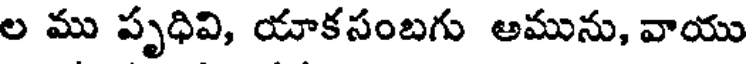
ల ము పృధివి, యాకసంబగు అమును, వాయు